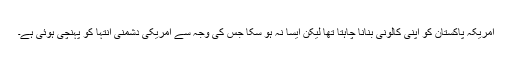
امریکہ پاکستان کو اپنی کالونی بنانا چاہتا تھا لیکن ایسا نہ ہو سکا جس کی وجہ سے امریکی دشمنی انتہا کو پہنچی ہوئی ہے۔